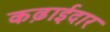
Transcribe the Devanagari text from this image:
कढ़ाईदार